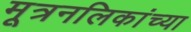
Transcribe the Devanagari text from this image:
मूत्रनलिकांच्या